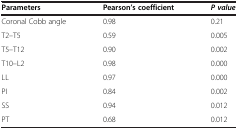
| Parameters | Pearson’s coefficient | P value |
 | --- | --- | --- |
 | Coronal Cobb angle | 0.98 | 0.21 |
 | T2–T5 | 0.59 | 0.005 |
 | T5–T12 | 0.90 | 0.002 |
 | T10–L2 | 0.98 | 0.000 |
 | LL | 0.97 | 0.000 |
 | PI | 0.84 | 0.002 |
 | SS | 0.94 | 0.012 |
 | PT | 0.68 | 0.012 |